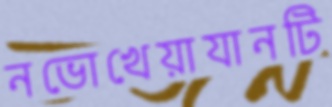
নভোখেয়াযানটি